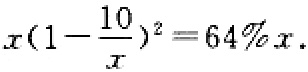
\(x(1 - \frac{10}{x})^2 = 64\%x\)